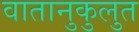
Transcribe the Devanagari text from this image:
वातानुकुलुत